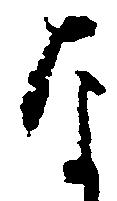
な